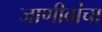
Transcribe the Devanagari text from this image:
जाणीवांचा